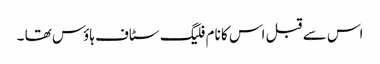
اس سے قبل اس کا نام فلیگ سٹاف ہاؤس تھا ۔